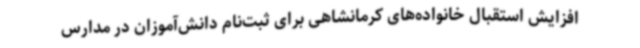
افزایش استقبال خانواده‌های کرمانشاهی برای ثبت‌نام دانش‌آموزان در مدارس